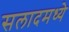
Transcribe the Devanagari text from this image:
सलादमध्ये